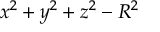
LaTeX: x ^ { 2 } + y ^ { 2 } + z ^ { 2 } - R ^ { 2 }